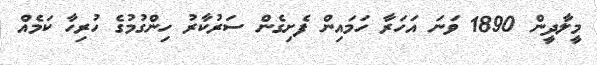
މީލާދީން 1890 ވަނަ އަހަރާ ހަމައިން ފެށިގެން ސަރުކާރު ހިންގުމުގެ ހުރިހާ ކަމެއް